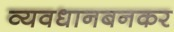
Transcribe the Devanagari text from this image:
व्यवधानबनकर